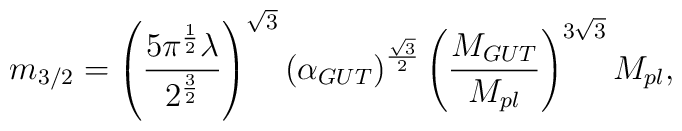
m_{3/2} = \left( \frac{5 \pi^{\frac{1}{2}}\lambda}{2^{\frac{3}{2}}} \right)^{\sqrt 3} \left(\alpha_{GUT} \right)^{\frac{\sqrt 3}{2}} \left(\frac{M_{GUT}}{M_{pl}}\right)^{3\sqrt 3} M_{pl},